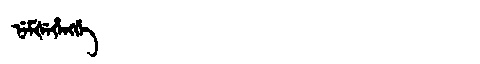
Manchu: ᠨᡝᠮᡧᡝᡥᡝᠩᡤᡝ
Romanization: NEMŠEHENGGE